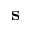
{ \mathbf s }